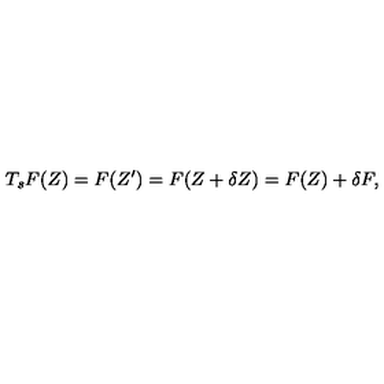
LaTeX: T _ { s } F ( Z ) = F ( Z ^ { \prime } ) = F ( Z + \delta Z ) = F ( Z ) + \delta F ,